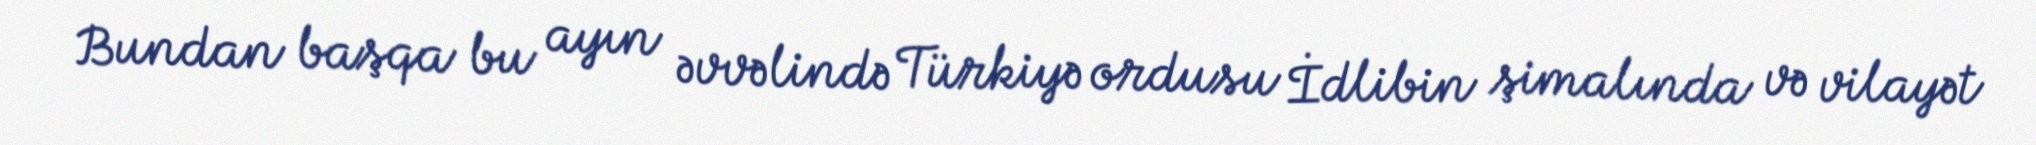
Bundan başqa bu ayın əvvəlində Türkiyə ordusu İdlibin şimalında və vilayət